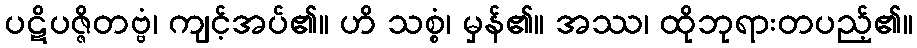
ပဋိပဇ္ဇိတဗ္ဗံ၊ ကျင့်အပ်၏။ ဟိ သစ္စံ၊ မှန်၏။ အဿ၊ ထိုဘုရားတပည့်၏။